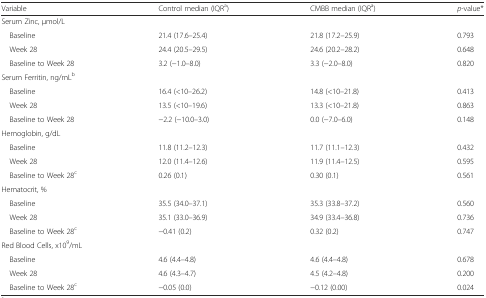
<table><thead><tr><td><b>Variable</b></td><td><b>Control median (IQR<sup>a</sup>)</b></td><td><b>CMBB median (IQR<sup>a</sup>)</b></td><td><b><i>p</i>-value*</b></td></tr></thead><tbody><tr><td colspan="4">Serum Zinc, μmol/L</td></tr><tr><td> Baseline</td><td>21.4 (17.6–25.4)</td><td>21.8 (17.2–25.9)</td><td>0.793</td></tr><tr><td> Week 28</td><td>24.4 (20.5–29.5)</td><td>24.6 (20.2–28.2)</td><td>0.648</td></tr><tr><td> Baseline to Week 28</td><td>3.2 (−1.0–8.0)</td><td>3.3 (−2.0–8.0)</td><td>0.820</td></tr><tr><td colspan="4">Serum Ferritin, ng/mL<sup>b</sup></td></tr><tr><td> Baseline</td><td>16.4 (&lt;10–26.2)</td><td>14.8 (&lt;10–21.8)</td><td>0.413</td></tr><tr><td> Week 28</td><td>13.5 (&lt;10–19.6)</td><td>13.3 (&lt;10–21.8)</td><td>0.863</td></tr><tr><td> Baseline to Week 28</td><td>−2.2 (−10.0–3.0)</td><td>0.0 (−7.0–6.0)</td><td>0.148</td></tr><tr><td colspan="4">Hemoglobin, g/dL</td></tr><tr><td> Baseline</td><td>11.8 (11.2–12.3)</td><td>11.7 (11.1–12.3)</td><td>0.432</td></tr><tr><td> Week 28</td><td>12.0 (11.4–12.6)</td><td>11.9 (11.4–12.5)</td><td>0.595</td></tr><tr><td> Baseline to Week 28<sup>c</sup></td><td>0.26 (0.1)</td><td>0.30 (0.1)</td><td>0.561</td></tr><tr><td colspan="4">Hematocrit, %</td></tr><tr><td> Baseline</td><td>35.5 (34.0–37.1)</td><td>35.3 (33.8–37.2)</td><td>0.560</td></tr><tr><td> Week 28</td><td>35.1 (33.0–36.9)</td><td>34.9 (33.4–36.8)</td><td>0.736</td></tr><tr><td> Baseline to Week 28<sup>c</sup></td><td>−0.41 (0.2)</td><td>0.32 (0.2)</td><td>0.747</td></tr><tr><td colspan="4">Red Blood Cells, x10<sup>9</sup>/mL</td></tr><tr><td> Baseline</td><td>4.6 (4.4–4.8)</td><td>4.6 (4.4–4.8)</td><td>0.678</td></tr><tr><td> Week 28</td><td>4.6 (4.3–4.7)</td><td>4.5 (4.2–4.8)</td><td>0.200</td></tr><tr><td> Baseline to Week 28<sup>c</sup></td><td>−0.05 (0.0)</td><td>−0.12 (0.00)</td><td>0.024</td></tr></tbody></table>